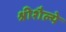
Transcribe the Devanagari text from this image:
श्रीशैल्ये